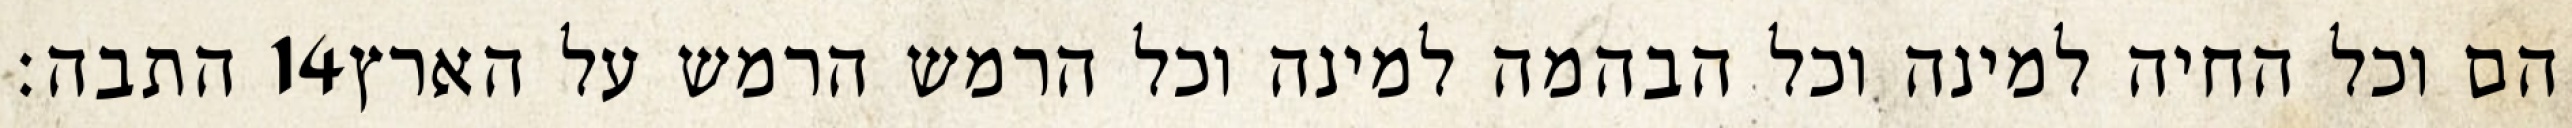
התבה׃ ‎14‏ הם וכל החיה למינה וכל הבהמה למינה וכל הרמש הרמש על הארץ